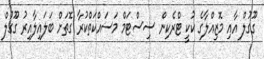
ގޫގުލް އާއި މޮޒިއްލާގެ ކުކީ ޓްރެކިން ސިސްޓަމް މަސައްކަތްކުރާ ގޮތަށް ބަލައިލާއިރު ގޫގުލް